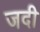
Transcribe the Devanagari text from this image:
जदी